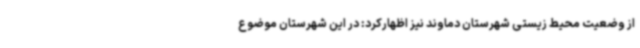
از وضعیت محیط زیستی شهرستان دماوند نیز اظهارکرد: در این شهرستان موضوع